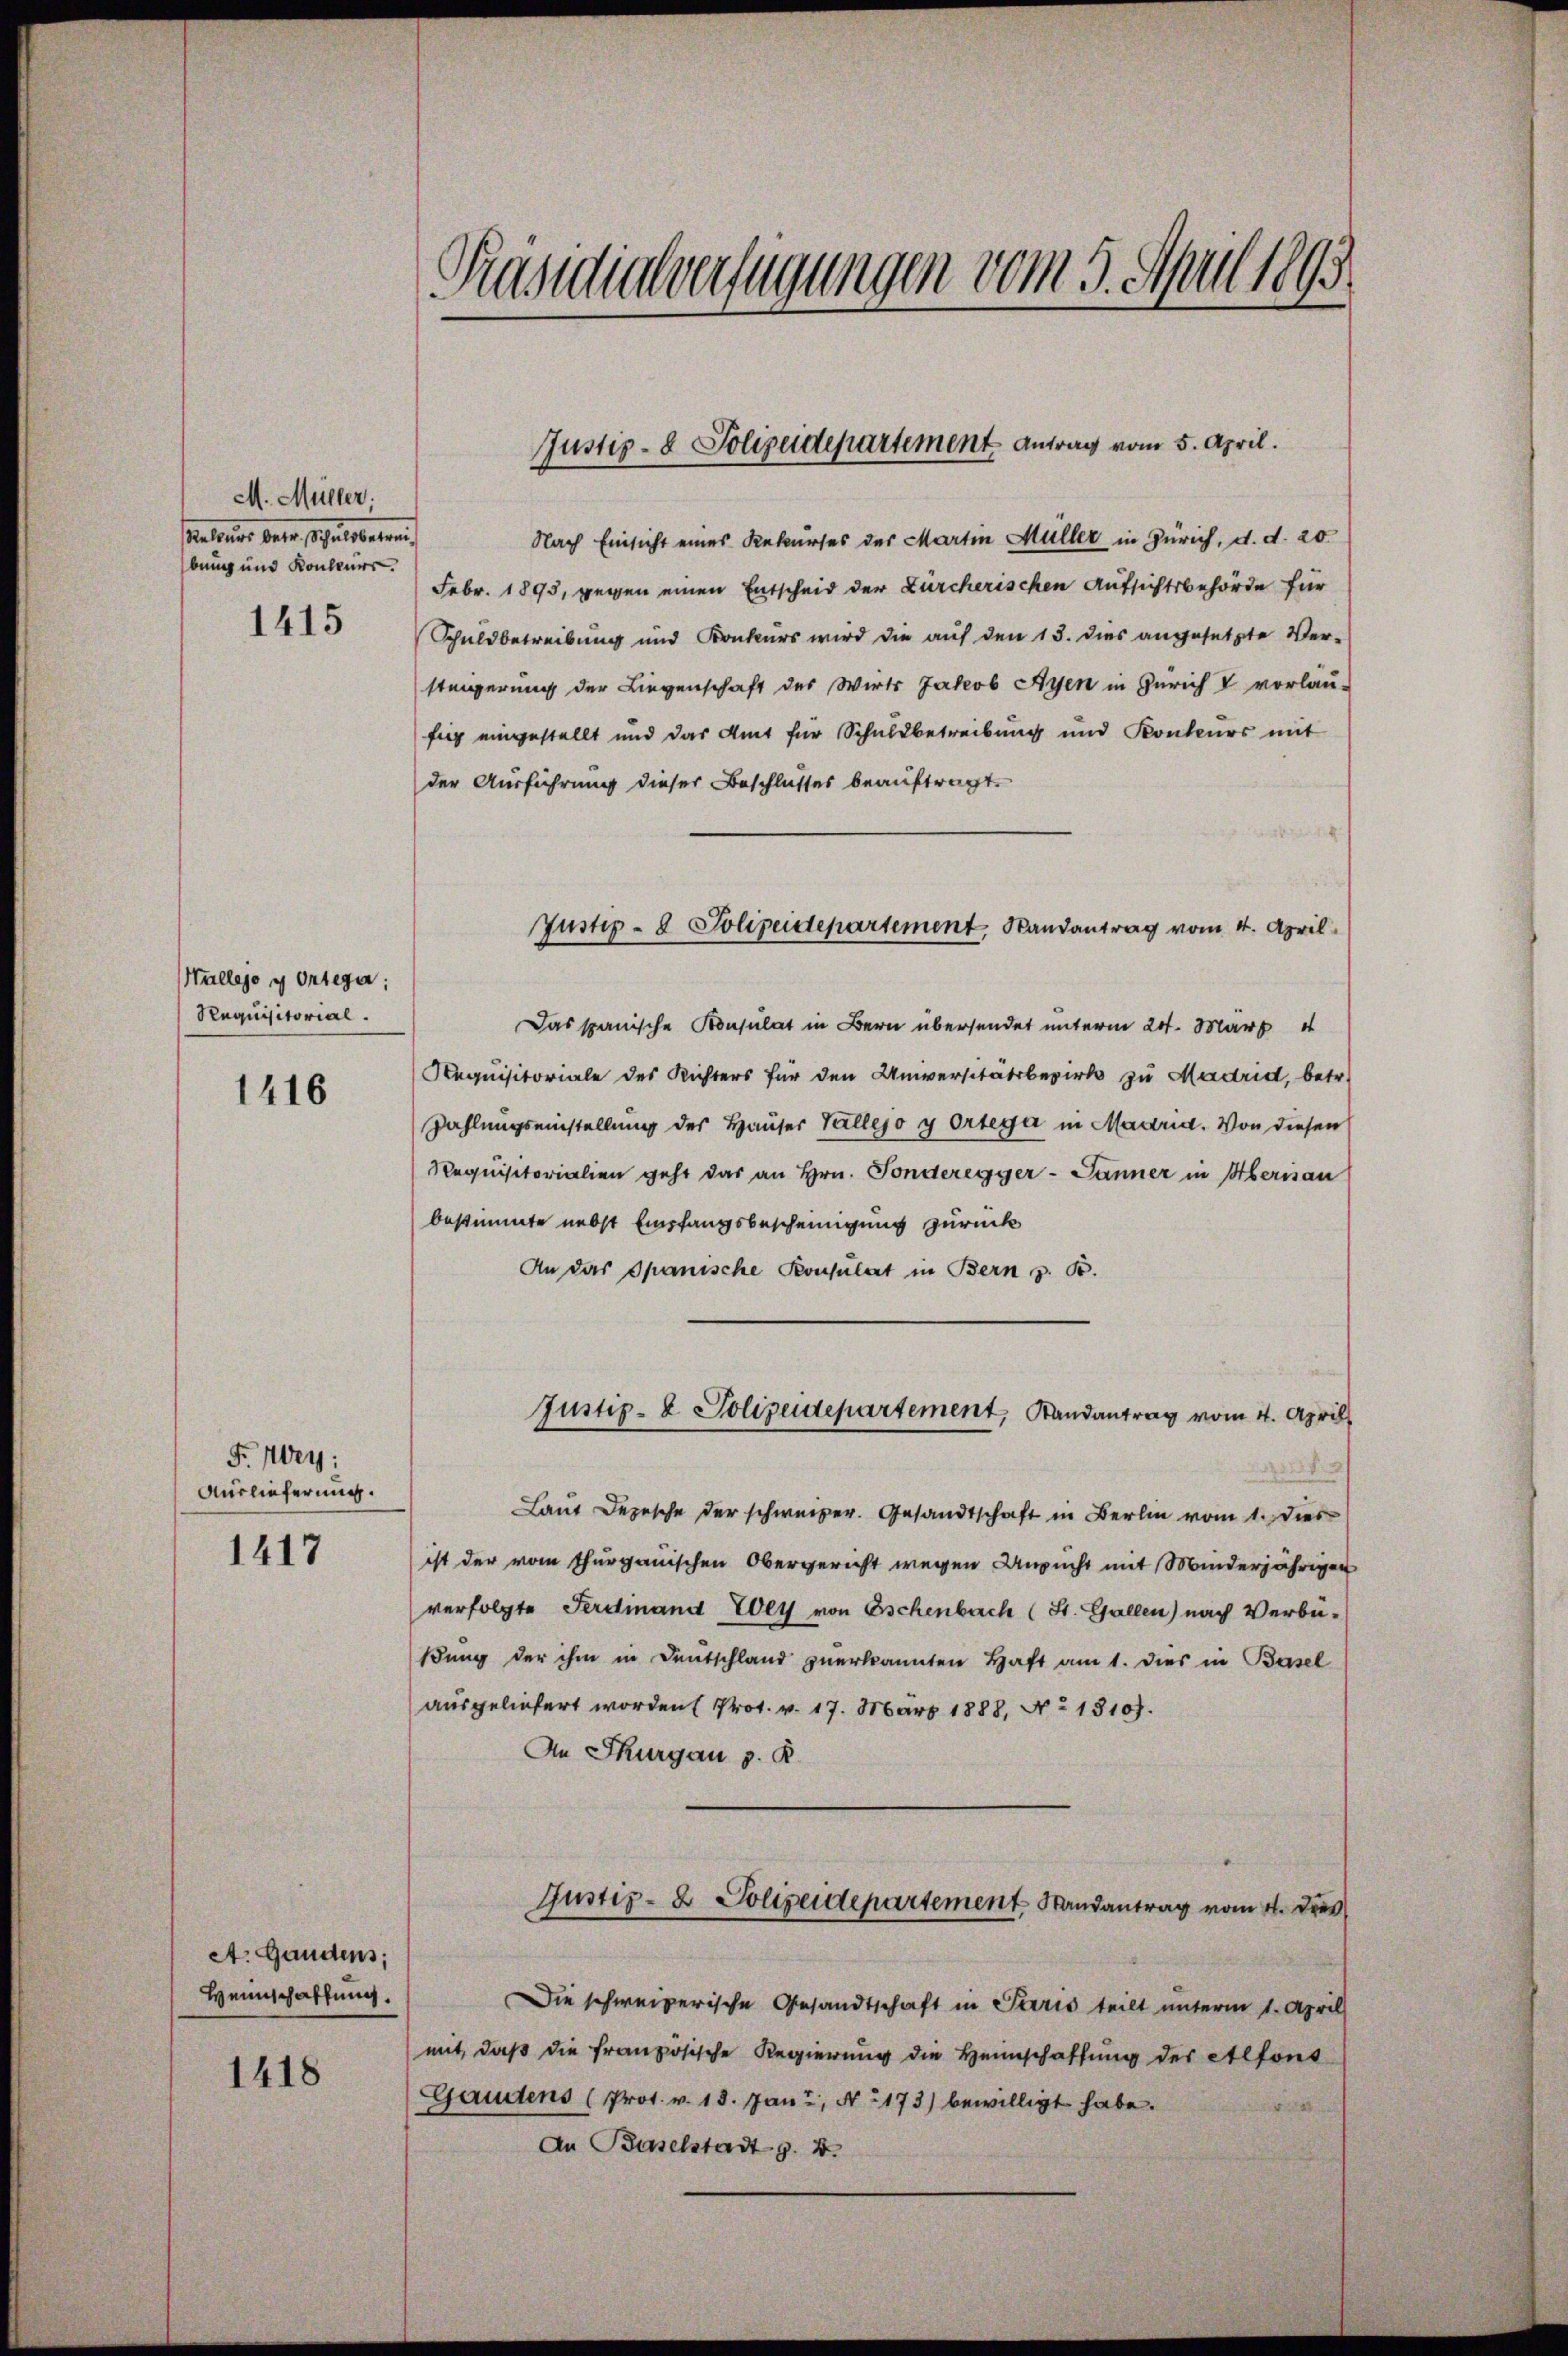
M. Müller.
sation derer, als wegen
bung und Konteurs.

1415

Hallejo u Ortega
Requisitorial.

1416

Fr. Wey:
Auslieferung.
1417

A. Gaudens;
Heinschaffung.

1418

Präsidialverfügungen vom 5. April 1893.

Nach Einsicht eines Rekurses des Martin Müller in Zürich, d. d. 20
Febr. 1895, gegen einen Entscheid der Zürcherischen Aufsichtsbehörde für
Schuldbetreibung und Konkurs wird die auf den 13. dies angesetzte Ver-
steigerung der Liegenschaft des Wirts Jakob Ayen in Zürich V vorläu-
fig eingestellt und das Amt für Schuldbetreibung und Konteurs mit
der Ausführung dieser Beschlusses beauftragt.
Das spanische Konsulat in Bern übersendet unterm 24. März 4
Aequisitoriale des Richters für den Universitätsbezirks zu Madrid, betr.
Zahlungseinstellung des Hauser Valleso y Ortega in Madria. Von diesen
Requisitorialien geht das an Hrn. Sonderegger- Jänner in Aberisau
bestimmte nebst Empfangsbescheinigung zurück
An das Spanische Konsulat in Bern z. B.
Justiz- & Polizeidepartement, Randantrag vom 4. April
Laut Depesche der schweizer. Gesandtschaft in Berlin vom 1. Dies
ist der vom Thurgauischen Obergericht wegen Ansucht mit Minderjähriger
verfolgte Ferdinand Wey von Eschenbach (St. Gallen) nach Verbü-
ßung der ihm in Deutschland zuerkannten Haft am 1. dies in Basel
ausgeliefert worden (Prot. v. 17. März 1888, No 13107.
An Thurgau v. K
Justiz- & Polizeidepartement Randantrag vom 4. Dies
Die schweizerische Gesandtschaft in Paris teilt unterm 1. April
mit, daß die französische Regierung die Heimschaffung der Alfons
Gaudens (Prot. v. 13. Jan. N. 1173) bewilligt habe.
An Baselstadt z. B.

Justiz- & Polizeidepartement Antrag vom 5. April.

Justiz- & Polizeidepartement Randantrag vom 4. April.